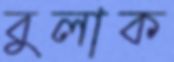
বুলাক